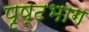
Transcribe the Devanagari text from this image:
पृष्टभाग